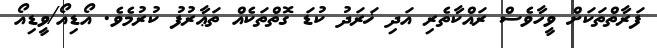
ފަރާތްތަކަށް ވީހާވެސް ރައްކާތެރި އަދި ޚަރަދު ކުޑަ ގޮތްތަކެއް ތަޢާރުފު ކުރުމެވެ. އޯޑިއޯ/ވީޑިއޯ